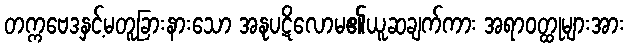
တက္ကဗေဒနှင့်မတူခြားနားသော အနုပဋိလောမ၏ယူဆချက်ကား အရာဝတ္ထုများအား